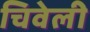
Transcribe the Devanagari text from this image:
चिवेली